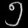
Digit: ၅